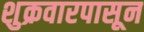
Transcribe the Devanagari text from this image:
शुक्रवारपासून